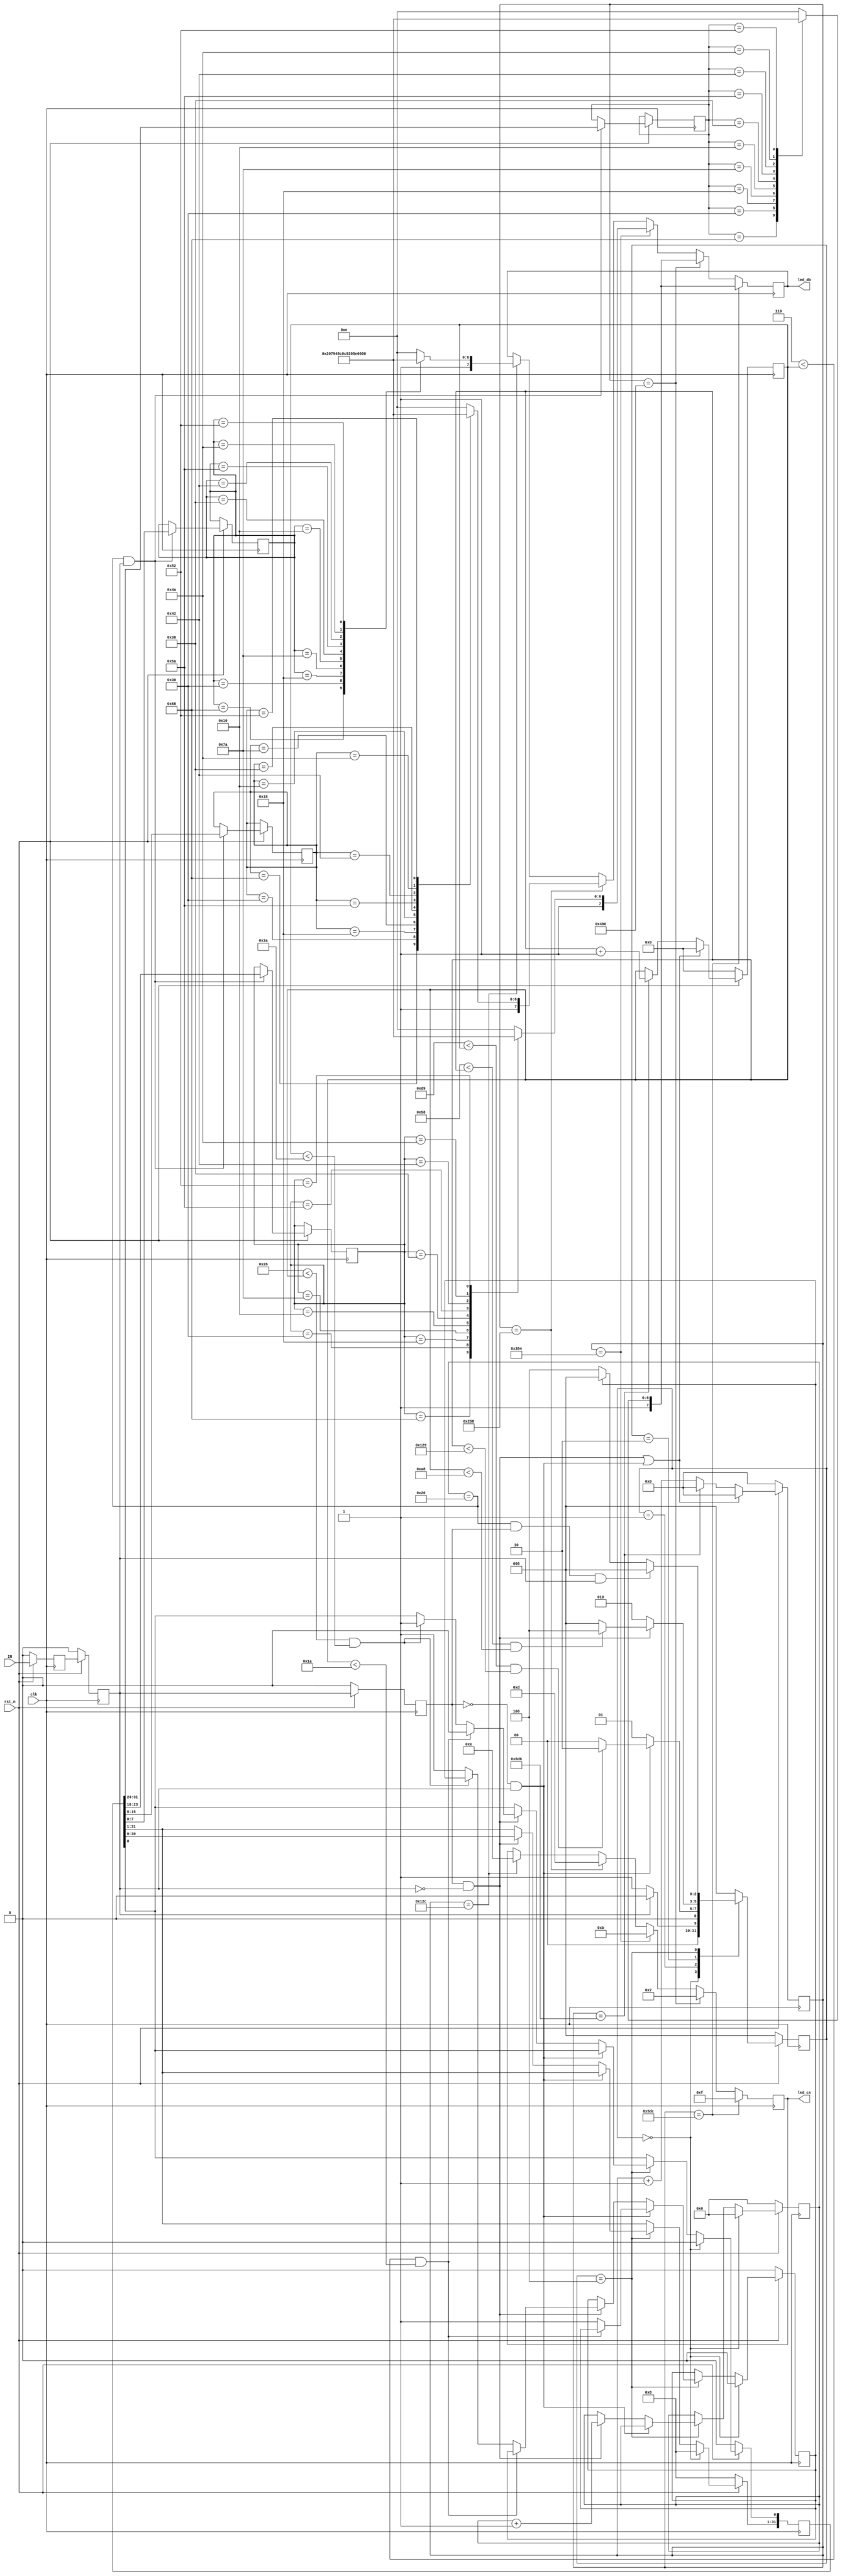

 

module IR(clk,rst_n,IR,led_cs,led_db);

  input   clk;
  input   rst_n;
  input   IR;
  output [3:0] led_cs;
  output [7:0] led_db;
  reg [7:0] led_trans_db[4:0];
  reg [3:0] led_cs;
  reg [7:0] led_db;
 
  reg [7:0] led1,led2,led3,led4;
  reg [15:0] irda_data;    // save irda data,than send to 7 segment led
  reg [31:0] get_data;     // use for saving 32 bytes irda data
  reg [5:0]  data_cnt;     // 32 bytes irda data counter
  reg [2:0]  cs,ns;
  reg error_flag;          // 32 bytes 

  //----------------------------------------------------------------------------
  reg irda_reg0;       
  reg irda_reg1;      
  reg irda_reg2;       
  wire irda_neg_pulse;
  wire irda_pos_pulse; 
  wire irda_chang;     
  
  reg[15:0] cnt_scan;
   
  always @ (posedge clk) 
    if(!rst_n)
      begin
        irda_reg0 <= 1'b0;
        irda_reg1 <= 1'b0;
        irda_reg2 <= 1'b0;
      end
    else
      begin
        //led_cs <= 4'b0000; 
        irda_reg0 <= IR;
        irda_reg1 <= irda_reg0;
        irda_reg2 <= irda_reg1;
      end
     
  assign irda_chang = irda_neg_pulse | irda_pos_pulse;  
  assign irda_neg_pulse = irda_reg2 & (~irda_reg1);  // detect ---\______
  assign irda_pos_pulse = (~irda_reg2) & irda_reg1;  // detect ____/-----


  reg [10:0] counter; 
  reg [8:0]  counter2; 
  wire check_9ms;  // check leader 9ms time
  wire check_4ms;  // check leader 4.5ms time
  wire low;        // check  data="0" time
  wire high;       // check  data="1" time
 
 
  always @ (posedge clk)
    if (!rst_n)
      counter <= 11'd0;
    else if (irda_chang)  
      counter <= 11'd0;
    else if (counter == 11'd1750)
      counter <= 11'd0;
    else
      counter <= counter + 1'b1;
		
always @ (posedge clk)
begin 
	if(counter==300)
	begin
		led_db = led_trans_db[0];
		led_cs <= 4'b1110; 
	end
	if(counter==600)
   begin 
	  led_db = led_trans_db[1];
	  led_cs <= 4'b1101; 
	end
	if(counter==900)
	begin
      led_db = led_trans_db[2];
		led_cs <= 4'b1011; 
	end
	if(counter==1200)
	begin
		led_db = led_trans_db[3];
		led_cs <= 4'b0111; 
	end
	if(counter==1500)
	begin
		led_db = led_trans_db[3];
		led_cs <= 4'b1111; 
	end
end 
  //---------------------------------------------------------------------------- 
  always @ (posedge clk)
    if (!rst_n)
      counter2 <= 9'd0;
    else if (irda_chang)  
      counter2 <= 9'd0;
    else if (counter == 11'd1750)
      counter2 <= counter2 +1'b1;
  

  assign check_9ms = ((217 < counter2) & (counter2 < 297)); 
 
  assign check_4ms = ((88 < counter2) & (counter2 < 168));  // 4.5ms = 128(counter2) * 0.02us(50MHz) * 1750(counter1) 
  assign low  = ((6 < counter2) & (counter2 < 26));         // 16 (35us*16 = 560us)
  assign high = ((38 < counter2) & (counter2 < 58));        // 48 (35us*48 = 1680us)

  //----------------------------------------------------------------------------
  // generate statemachine 
    parameter IDLE       = 3'b000, 
              LEADER_9   = 3'b001, // 9ms
              LEADER_4   = 3'b010, // 4ms
              DATA_STATE = 3'b100; 
 
  always @ (posedge clk)
    if (!rst_n)
      cs <= IDLE;
    else
      cs <= ns; 
     
  always @ ( * )
    case (cs)
      IDLE:
        if (~irda_reg1)
          ns = LEADER_9;
        else
          ns = IDLE;
   
      LEADER_9:
        if (irda_pos_pulse)   // leader 9ms check
          begin
            if (check_9ms)
              ns = LEADER_4;
            else
              ns = IDLE;
          end
        else  
          ns =LEADER_9;
   
      LEADER_4:
        if (irda_neg_pulse)  // leader 4.5ms check
          begin
            if (check_4ms)
              ns = DATA_STATE;
            else
              ns = IDLE;
          end
        else
          ns = LEADER_4;
   
      DATA_STATE:
        if ((data_cnt == 6'd32) & irda_reg2 & irda_reg1)
          ns = IDLE;
        else if (error_flag)
          ns = IDLE;
        else
          ns = DATA_STATE;
      default:
        ns = IDLE;
    endcase

 
  always @ (posedge clk)
    if (!rst_n)
      begin
        data_cnt <= 6'd0;
        get_data <= 32'd0;
        error_flag <= 1'b0;
      end
  
    else if (cs == IDLE)
      begin
        data_cnt <= 6'd0;
        get_data <= 32'd0;
        error_flag <= 1'b0;
      end
  
    else if (cs == DATA_STATE)
      begin
        if (irda_pos_pulse)  // low 0.56ms check
          begin
            if (!low)  //error
              error_flag <= 1'b1;
          end
        else if (irda_neg_pulse)  //check 0.56ms/1.68ms data 0/1
          begin
            if (low)
              get_data[0] <= 1'b0;
            else if (high)
              get_data[0] <= 1'b1;
            else
              error_flag <= 1'b1;
             
            get_data[31:1] <= get_data[30:0];
            data_cnt <= data_cnt + 1'b1;
          end
      end

  always @ (posedge clk)
    if (!rst_n)
      irda_data <= 16'd0;
    else if ((data_cnt ==6'd32) & irda_reg1)
  begin
   led1 <= get_data[7:0]; 
   led2 <= get_data[15:8]; 
   led3 <= get_data[23:16];
   led4 <= get_data[31:24];
  end

always@(led1) 
begin
	case(led1)
	
	                    
        8'b01101000: 
			led_trans_db[0]=8'b1100_0000;

		8'b00110000: 
			led_trans_db[0]=8'b1111_1001;  //1

		8'b00011000: 
			led_trans_db[0]=8'b1010_0100;  //2

		8'b01111010: 
			led_trans_db[0]=8'b1011_0000;  //3

		8'b00010000: 
			led_trans_db[0]=8'b1001_1001;  //4

		8'b00111000: 
			led_trans_db[0]=8'b1001_0010;  //5

		8'b01011010: 
			led_trans_db[0]=8'b1000_0010;  //6

		8'b01000010: 
			led_trans_db[0]=8'b1111_1000;  //7

		8'b01001010: 
			led_trans_db[0]=8'b1000_0000;  //8

		8'b01010010: 
			led_trans_db[0]=8'b1001_0000;  //9
			
	
	   default: led_trans_db[0]=8'b1000_1110;

	 endcase
end
always@(led2) 
begin
	case(led2)
	
	                    
        8'b01101000: 
			led_trans_db[1]=8'b1100_0000;  //0

		8'b00110000: 
			led_trans_db[1]=8'b1111_1001;  //1

		8'b00011000: 
			led_trans_db[1]=8'b1010_0100;  //2

		8'b01111010: 
			led_trans_db[1]=8'b1011_0000;  //3

		8'b00010000: 
			led_trans_db[1]=8'b1001_1001;  //4

		8'b00111000: 
			led_trans_db[1]=8'b1001_0010;  //5

		8'b01011010: 
			led_trans_db[1]=8'b1000_0010;  //6

		8'b01000010: 
			led_trans_db[1]=8'b1111_1000;  //7

		8'b01001010: 
			led_trans_db[1]=8'b1000_0000;  //8

		8'b01010010: 
			led_trans_db[1]=8'b1001_0000;  //9
			
	
	   default: led_trans_db[1]=8'b1000_1110;

	 endcase
end
always@(led3) 
begin
	case(led3)
	
	                    
        8'b01101000: 
			led_trans_db[2]=8'b1100_0000;  //0

		8'b00110000: 
			led_trans_db[2]=8'b1111_1001;  //1

		8'b00011000: 
			led_trans_db[2]=8'b1010_0100;  //2

		8'b01111010: 
			led_trans_db[2]=8'b1011_0000;  //3

		8'b00010000: 
			led_trans_db[2]=8'b1001_1001;  //4

		8'b00111000: 
			led_trans_db[2]=8'b1001_0010;  //5

		8'b01011010: 
			led_trans_db[2]=8'b1000_0010;  //6

		8'b01000010: 
			led_trans_db[2]=8'b1111_1000;  //7

		8'b01001010: 
			led_trans_db[2]=8'b1000_0000;  //8

		8'b01010010: 
			led_trans_db[2]=8'b1001_0000;  //9
			
	
	   default: led_trans_db[2]=8'b1000_1110;

	 endcase
end
always@(led4) 
begin
	case(led4)
	
	                    
        8'b01101000: 
			led_trans_db[3]=8'b1100_0000;  //0

		8'b00110000: 
			led_trans_db[3]=8'b1111_1001;  //1

		8'b00011000: 
			led_trans_db[3]=8'b1010_0100;  //2

		8'b01111010: 
			led_trans_db[3]=8'b1011_0000;  //3

		8'b00010000: 
			led_trans_db[3]=8'b1001_1001;  //4

		8'b00111000: 
			led_trans_db[3]=8'b1001_0010;  //5

		8'b01011010: 
			led_trans_db[3]=8'b1000_0010;  //6

		8'b01000010: 
			led_trans_db[3]=8'b1111_1000;  //7

		8'b01001010: 
			led_trans_db[3]=8'b1000_0000;  //8

		8'b01010010: 
			led_trans_db[3]=8'b1001_0000;  //9
			
	
	   default: led_trans_db[3]=8'b1000_1110;

	 endcase
end
endmodule